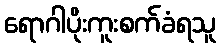
ရောဂါပိုးကူးစက်ခံရသူ